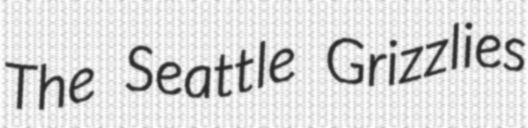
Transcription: The Seattle Grizzlies